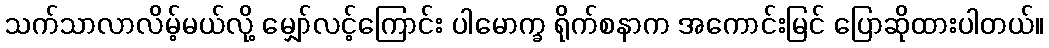
သက်သာလာလိမ့်မယ်လို့ မျှော်လင့်ကြောင်း ပါမောက္ခ ရိုက်စနာက အကောင်းမြင် ပြောဆိုထားပါတယ်။